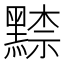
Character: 𪑨